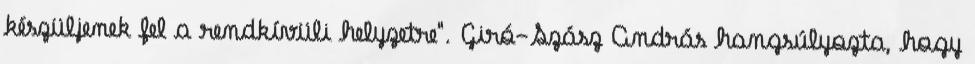
készüljenek fel a rendkívüli helyzetre". Giró-Szász András hangsúlyozta, hogy